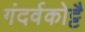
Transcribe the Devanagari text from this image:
गंदर्वकोट्टै